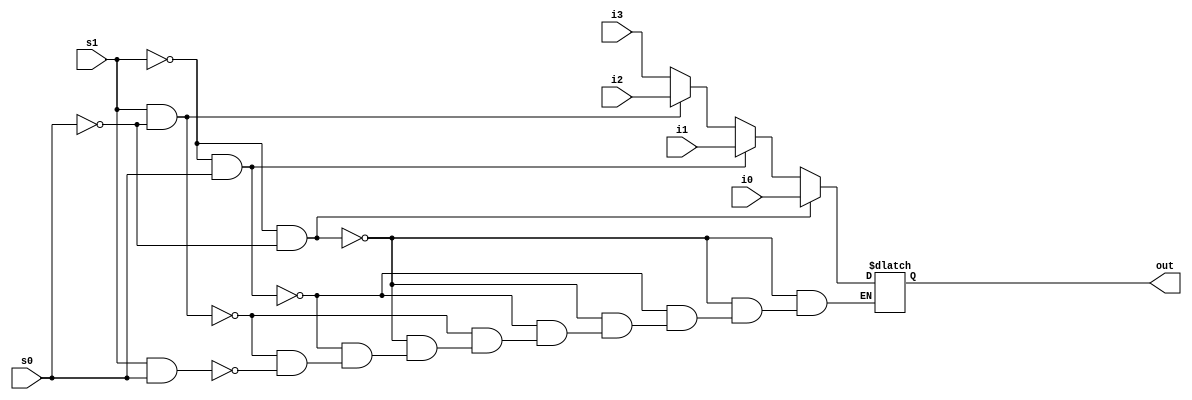
module mux4x1(out, s1, s0, i3, i2, i1, i0);
input i3,i2,i1,i0;
input s1,s0;
output reg out;

always@(s1,s0,i3,i2,i1,i0)
begin
	if(s1==0 && s0 ==0)
		out=i0;
	else if(s1==0 && s0 ==1)
		out=i1;
	else if(s1==1 && s0 ==0)
		out=i2;
	else if(s1==1 && s0==1)
		out=i3;
end
endmodule